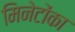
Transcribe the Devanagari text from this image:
मिनेटोंका